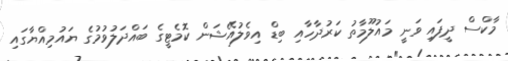
މާކްސް ދީފައި ވަނީ މައުލޫމާތު ކަރުދާހާއި ބިޑް އިވެލުއޭޝަން ކޮމެޓީގެ ބައްދަލުވުމުގެ ޔައުމިއްޔާގައި